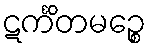
ဋင်္ကိတမဉ္စေ